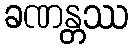
ခဏန္တဿ